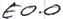
Text: E0.0